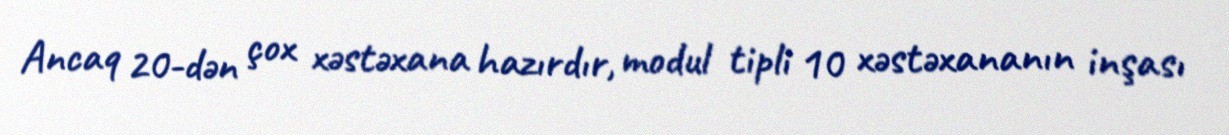
Ancaq 20-dən çox xəstəxana hazırdır, modul tipli 10 xəstəxananın inşası